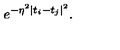
e ^ { - \eta ^ { 2 } \mid t _ { i } - t _ { j } \mid ^ { 2 } } .